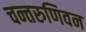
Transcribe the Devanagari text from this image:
चन्तरुणिवन